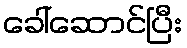
ခေါ်ဆောင်ပြီး